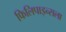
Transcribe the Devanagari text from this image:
फिलिपाइन्सला